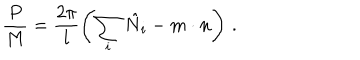
\frac { P } { M } = \frac { 2 \pi } { l } \left( \sum _ { i } \hat { N } _ { i } - m \cdot n \right) \, .